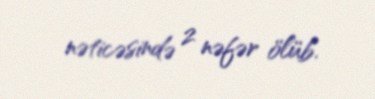
nəticəsində 2 nəfər ölüb.